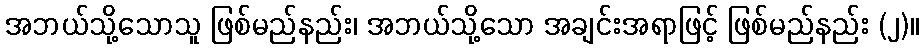
အဘယ်သို့သောသူ ဖြစ်မည်နည်း၊ အဘယ်သို့သော အချင်းအရာဖြင့် ဖြစ်မည်နည်း (၂)။